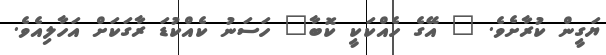
ޔަގީން ކުރާށެވެ. " އޭގެ ހެއްކަކީ ކޮބާ" ހަސަނު ކެއްކުޑަ ރާގަކަށް އަހާލިއެވެ.